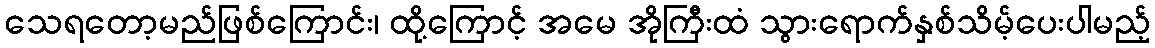
သေရတော့မည်ဖြစ်ကြောင်း၊ ထို့ကြောင့် အမေ အိုကြီးထံ သွားရောက်နှစ်သိမ့်ပေးပါမည့်